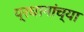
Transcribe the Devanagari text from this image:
प्रधानांच्या